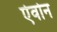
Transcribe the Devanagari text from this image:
ऐवोन